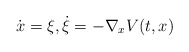
\begin{align*}\dot{x}=\xi,\dot{\xi}=-\nabla_x V(t,x)\end{align*}